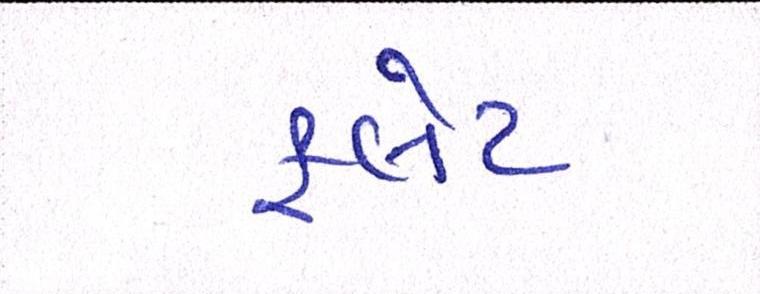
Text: ફલેટ